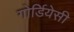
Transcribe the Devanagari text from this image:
गोर्डियेसी